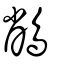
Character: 䳤